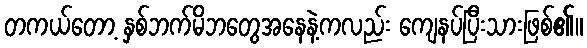
တကယ်တော့ နှစ်ဘက်မိဘတွေအနေနဲ့ကလည်း ကျေနပ်ပြီးသားဖြစ်၏။